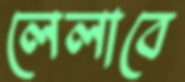
লেলাবে